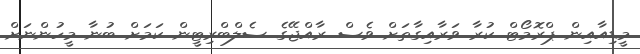
މީޑިއާއިން ޕްރޮމޯޓް ކުރާ ވަރާއިގާތަށް ވެސް ރާއްޖޭގެ ސެލްބްރިޓީން ކަމަށް ބުނާ މީހުންނަށް